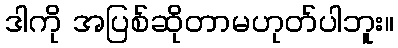
ဒါကို အပြစ်ဆိုတာမဟုတ်ပါဘူး။